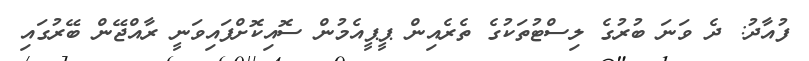
ފުއާދު: ދެ ވަނަ ބުރުގެ ލިސްޓުތަކުގެ ތެރެއިން ޕީޕީއެމުން ސޮއިކޮށްފައިވަނީ ރާއްޖޭން ބޭރުގައި